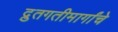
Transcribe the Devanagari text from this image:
द्रुतगतीमार्गांचे